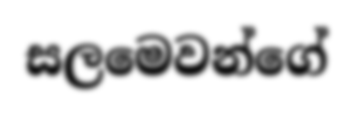
සලමෙවන්ගේ